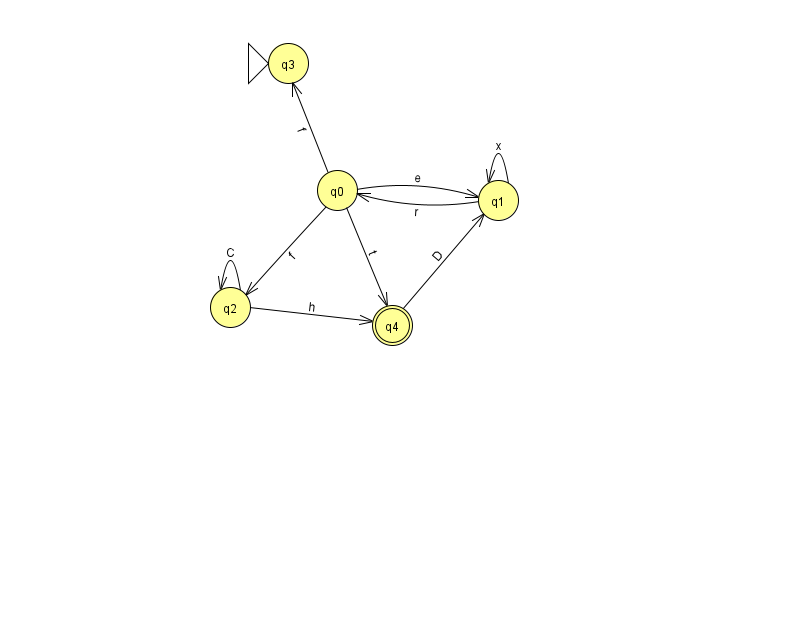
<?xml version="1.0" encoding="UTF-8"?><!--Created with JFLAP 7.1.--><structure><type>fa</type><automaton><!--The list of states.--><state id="0" name="q0"><x>337.0</x><y>177.0</y></state><state id="1" name="q1"><x>498.0</x><y>187.0</y></state><state id="2" name="q2"><x>230.0</x><y>294.0</y></state><state id="3" name="q3"><x>288.0</x><y>50.0</y><initial/></state><state id="4" name="q4"><x>392.0</x><y>312.0</y><final/></state><!--The list of transitions.--><transition><from>0</from><to>2</to><read>f</read></transition><transition><from>2</from><to>2</to><read>C</read></transition><transition><from>4</from><to>1</to><read>D</read></transition><transition><from>2</from><to>4</to><read>h</read></transition><transition><from>1</from><to>0</to><read>r</read></transition><transition><from>1</from><to>1</to><read>x</read></transition><transition><from>0</from><to>4</to><read>t</read></transition><transition><from>0</from><to>1</to><read>e</read></transition><transition><from>0</from><to>3</to><read>f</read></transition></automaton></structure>